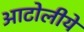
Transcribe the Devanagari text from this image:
आटोलीये